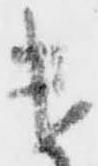
遣